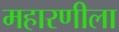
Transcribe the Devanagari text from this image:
महारणीला